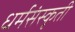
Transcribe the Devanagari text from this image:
धर्मसंस्कृती